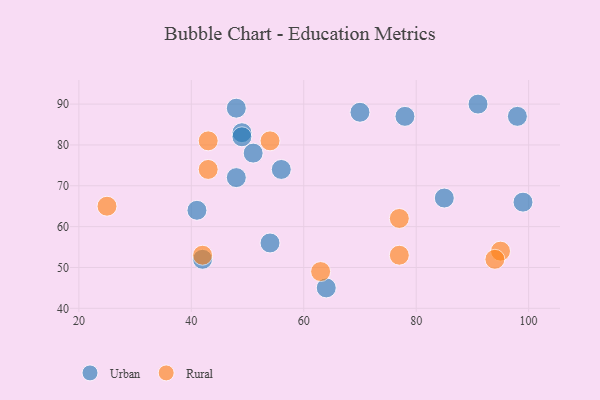
{"axis": {"x": "GDP", "y": "Life Expectancy"}, "legend": ["Rural", "Urban"], "data": [{"x": "42", "y": 52, "type": "Urban"}, {"x": "54", "y": 56, "type": "Urban"}, {"x": "64", "y": 45, "type": "Urban"}, {"x": "98", "y": 87, "type": "Urban"}, {"x": "49", "y": 83, "type": "Urban"}, {"x": "70", "y": 88, "type": "Urban"}, {"x": "48", "y": 72, "type": "Urban"}, {"x": "78", "y": 87, "type": "Urban"}, {"x": "51", "y": 78, "type": "Urban"}, {"x": "49", "y": 82, "type": "Urban"}, {"x": "56", "y": 74, "type": "Urban"}, {"x": "99", "y": 66, "type": "Urban"}, {"x": "91", "y": 90, "type": "Urban"}, {"x": "85", "y": 67, "type": "Urban"}, {"x": "48", "y": 89, "type": "Urban"}, {"x": "41", "y": 64, "type": "Urban"}, {"x": "43", "y": 81, "type": "Rural"}, {"x": "77", "y": 53, "type": "Rural"}, {"x": "77", "y": 62, "type": "Rural"}, {"x": "54", "y": 81, "type": "Rural"}, {"x": "25", "y": 65, "type": "Rural"}, {"x": "95", "y": 54, "type": "Rural"}, {"x": "42", "y": 53, "type": "Rural"}, {"x": "63", "y": 49, "type": "Rural"}, {"x": "43", "y": 74, "type": "Rural"}, {"x": "94", "y": 52, "type": "Rural"}]}